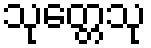
သုတ္တေသု